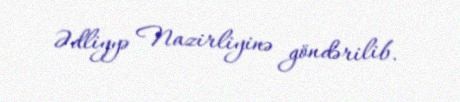
Ədliyyə Nazirliyinə göndərilib.